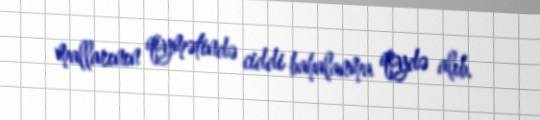
mallarının qiymətində ciddi bahalanma qeydə alıb.